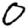
Digit: 0